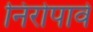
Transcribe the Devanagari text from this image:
निरोपावे